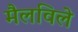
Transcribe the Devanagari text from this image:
मैलविले